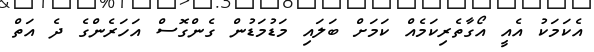
އެކަމަކު އެއީ އޯގާތެރިކަމެއް ކަމަށް ބަލައި މަޑުމަޑުން ގެންގޮސް އަހަރެންގެ ދެ އަތް